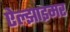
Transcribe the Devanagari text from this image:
ऐल्झाइमर